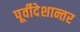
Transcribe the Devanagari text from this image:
पूर्वीदेशान्तर